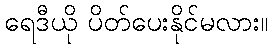
ရေဒီယို ပိတ်ပေးနိုင်မလား။